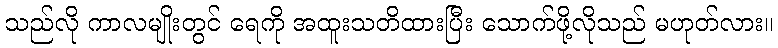
သည်လို ကာလမျိုးတွင် ရေကို အထူးသတိထားပြီး သောက်ဖို့လိုသည် မဟုတ်လား။